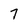
Character: 7